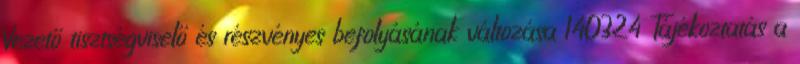
Vezető tisztségviselő és részvényes befolyásának változása 140324 Tájékoztatás a